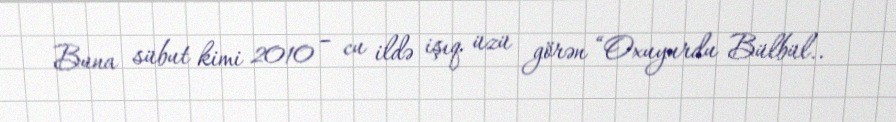
Buna sübut kimi 2010 – cu ildə işıq üzü görən “Oxuyurdu Bülbül..